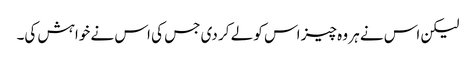
لیکن اس نے ہر وہ چیز اس کو لے کر دی جس کی اس نے خواہش کی۔